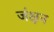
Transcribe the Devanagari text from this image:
जंक्षन